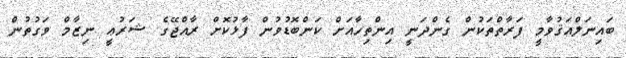
ބައިނަލްއަޤުވާމީ ފަރާތްތަކުން ގެންދަނީ އިންތިހާއަށް ކަންބޮޑުވުން ފާޅުކޮށް ރާއްޖޭގެ ޝަރުޢީ ނިޒާމް ވަގުތުން